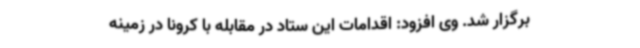
برگزار شد. وی افزود: اقدامات این ستاد در مقابله با کرونا در زمینه